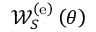
{ \mathscr W } _ { S } ^ { \left( \mathrm { e } \right) } \left( \theta \right)